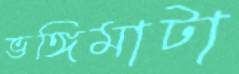
ভঙ্গিমাটা